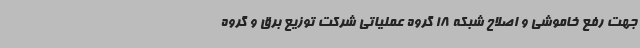
جهت رفع خاموشی و اصلاح شبکه 18 گروه عملیاتی شرکت توزیع برق و گروه